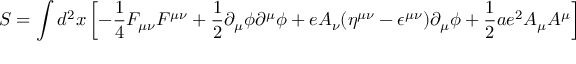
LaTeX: S = \int d ^ { 2 } x \left[ - { \frac { 1 } { 4 } } F _ { \mu \nu } F ^ { \mu \nu } + { \frac { 1 } { 2 } } \partial _ { \mu } \phi \partial ^ { \mu } \phi + e A _ { \nu } ( \eta ^ { \mu \nu } - \epsilon ^ { \mu \nu } ) \partial _ { \mu } \phi + { \frac { 1 } { 2 } } a e ^ { 2 } A _ { \mu } A ^ { \mu } \right]